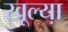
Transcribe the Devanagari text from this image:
खूल्या